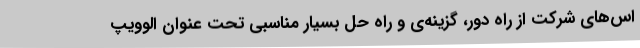
اس‌های شرکت از راه دور، گزینه‌ی و راه حل بسیار مناسبی تحت عنوان الوویپ